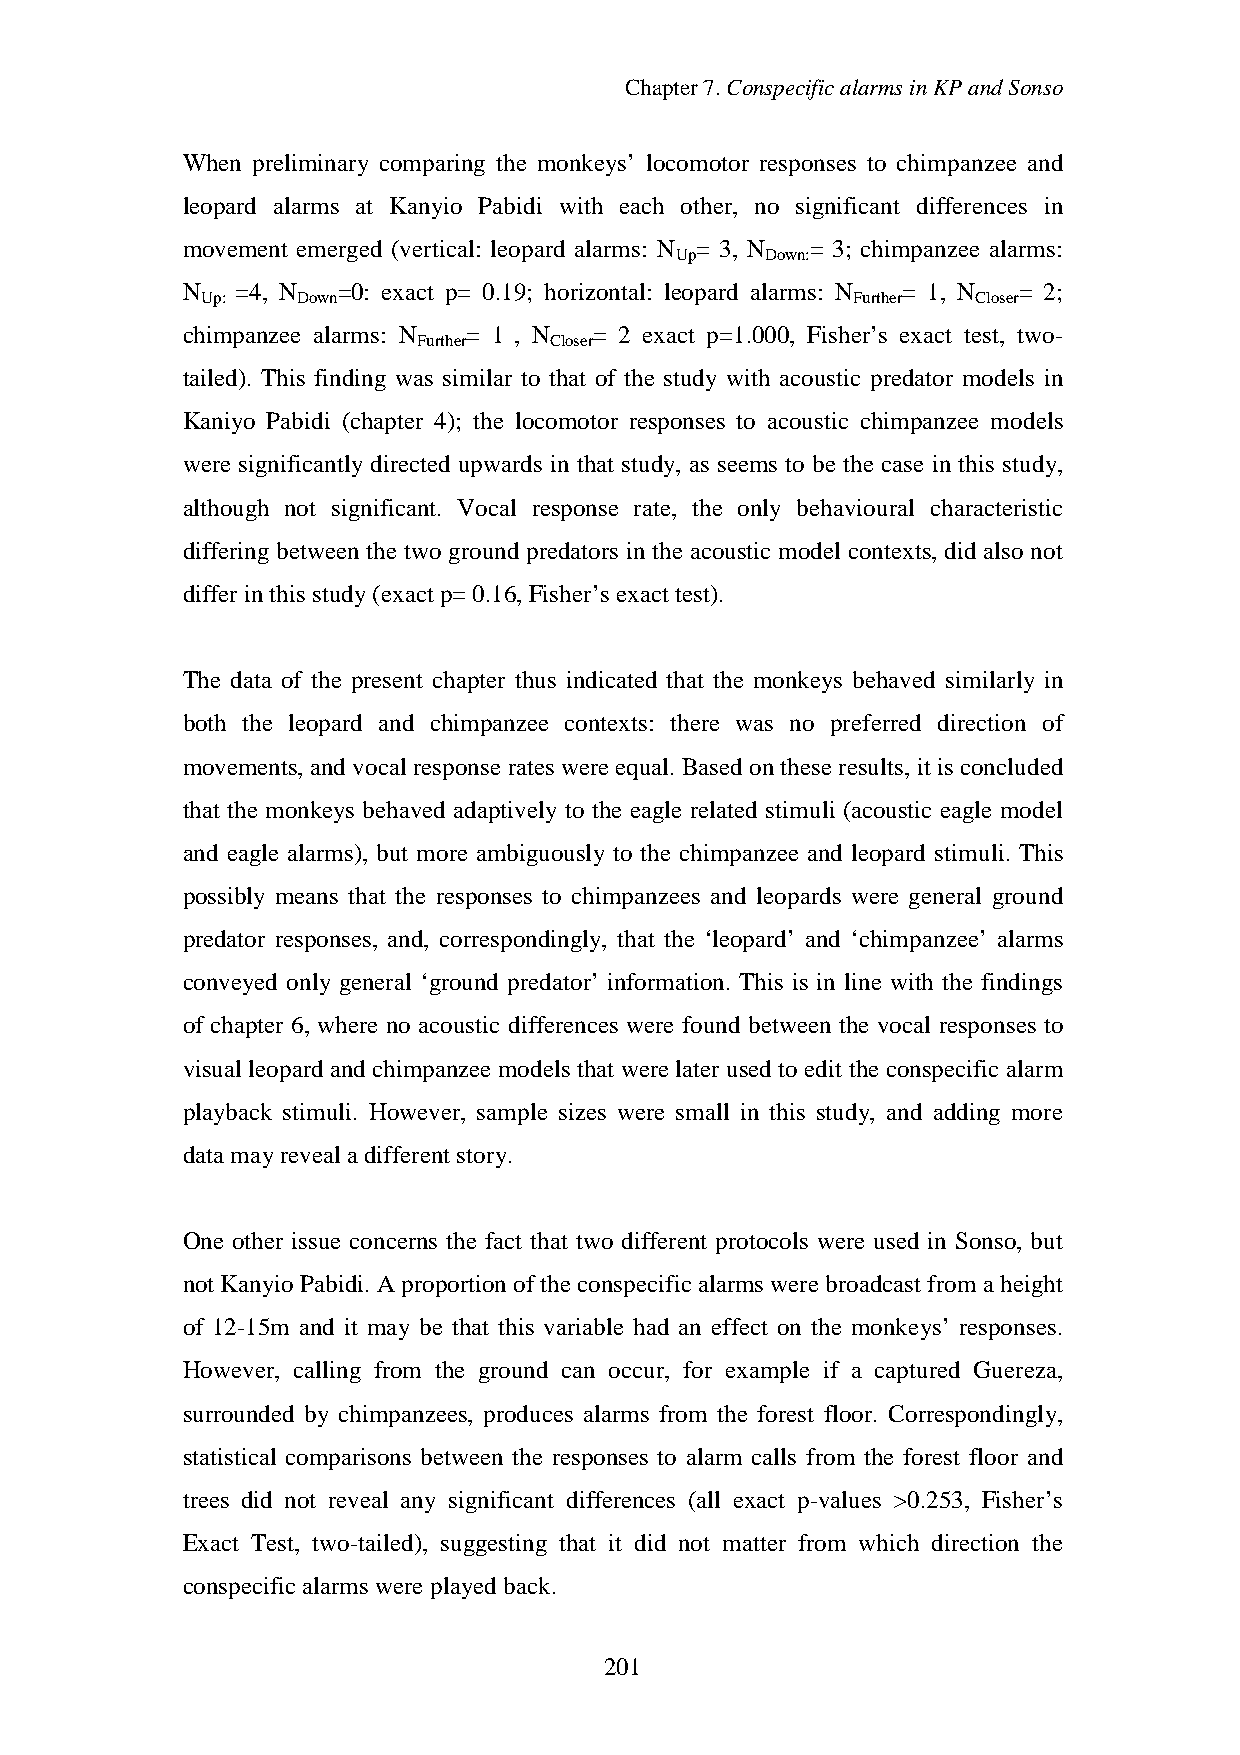
Chapter7.ConspecificalarmsinKPandSonso
 When preliminary comparing the monkeys’ locomotor responses to chimpanzee and
 leopard alarms at Kanyio Pabidi with each other, no significant differences in
 movement emerged (vertical: leopard alarms: N = 3, N = 3; chimpanzee alarms:
 Up    Down:
 N   =4, N =0: exact p= 0.19; horizontal: leopard alarms: N = 1, N = 2;
 Up:    Down                                Further  Closer
 chimpanzee alarms: N = 1 , N = 2 exact p=1.000, Fisher’s exact test, two-
 Further Closer
 tailed). This finding was similar to that of the study with acoustic predator models in
 Kaniyo Pabidi (chapter 4); the locomotor responses to acoustic chimpanzee models
 were significantly directed upwards in that study, as seems to be the case in this study,
 although not significant. Vocal response rate, the only behavioural characteristic
 differing between the two ground predators in the acoustic model contexts, did also not
 differinthis study(exact p=0.16,Fisher’s exact test).
 The data of the present chapter thus indicated that the monkeys behaved similarly in
 both the leopard and chimpanzee contexts: there was no preferred direction of
 movements, andvocal responserates were equal. Based ontheseresults, it is concluded
 that the monkeys behaved adaptively to the eagle related stimuli (acoustic eagle model
 and eagle alarms), but more ambiguously to the chimpanzee and leopard stimuli. This
 possibly means that the responses to chimpanzees and leopards were general ground
 predator responses, and, correspondingly, that the ‘leopard’ and ‘chimpanzee’ alarms
 conveyed only general ‘ground predator’ information. This is in line with the findings
 of chapter 6, where no acoustic differences were found between the vocal responses to
 visual leopard and chimpanzee models that were later used to edit the conspecific alarm
 playback stimuli. However, sample sizes were small in this study, and adding more
 datamayreveal adifferent story.
 One other issue concerns the fact that two different protocols were used in Sonso, but
 not KanyioPabidi.Aproportionofthe conspecificalarms werebroadcast from aheight
 of 12-15m and it may be that this variable had an effect on the monkeys’ responses.
 However, calling from the ground can occur, for example if a captured Guereza,
 surrounded by chimpanzees, produces alarms from the forest floor. Correspondingly,
 statistical comparisons between the responses to alarm calls from the forest floor and
 trees did not reveal any significant differences (all exact p-values >0.253, Fisher’s
 Exact Test, two-tailed), suggesting that it did not matter from which direction the
 conspecific alarms were playedback.
 201